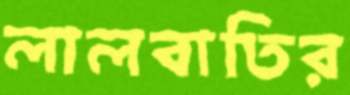
লালবাতির